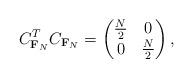
LaTeX: \begin{align*}C_{\mathbf{F}_N}^T C_{\mathbf{F}_N} =\begin{pmatrix}\frac{N}{2} & 0\\0 & \frac{N}{2}\end{pmatrix},\end{align*}